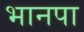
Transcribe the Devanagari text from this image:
भानपा